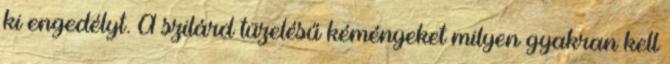
ki engedélyt. A szilárd tüzelésű kéményeket milyen gyakran kell